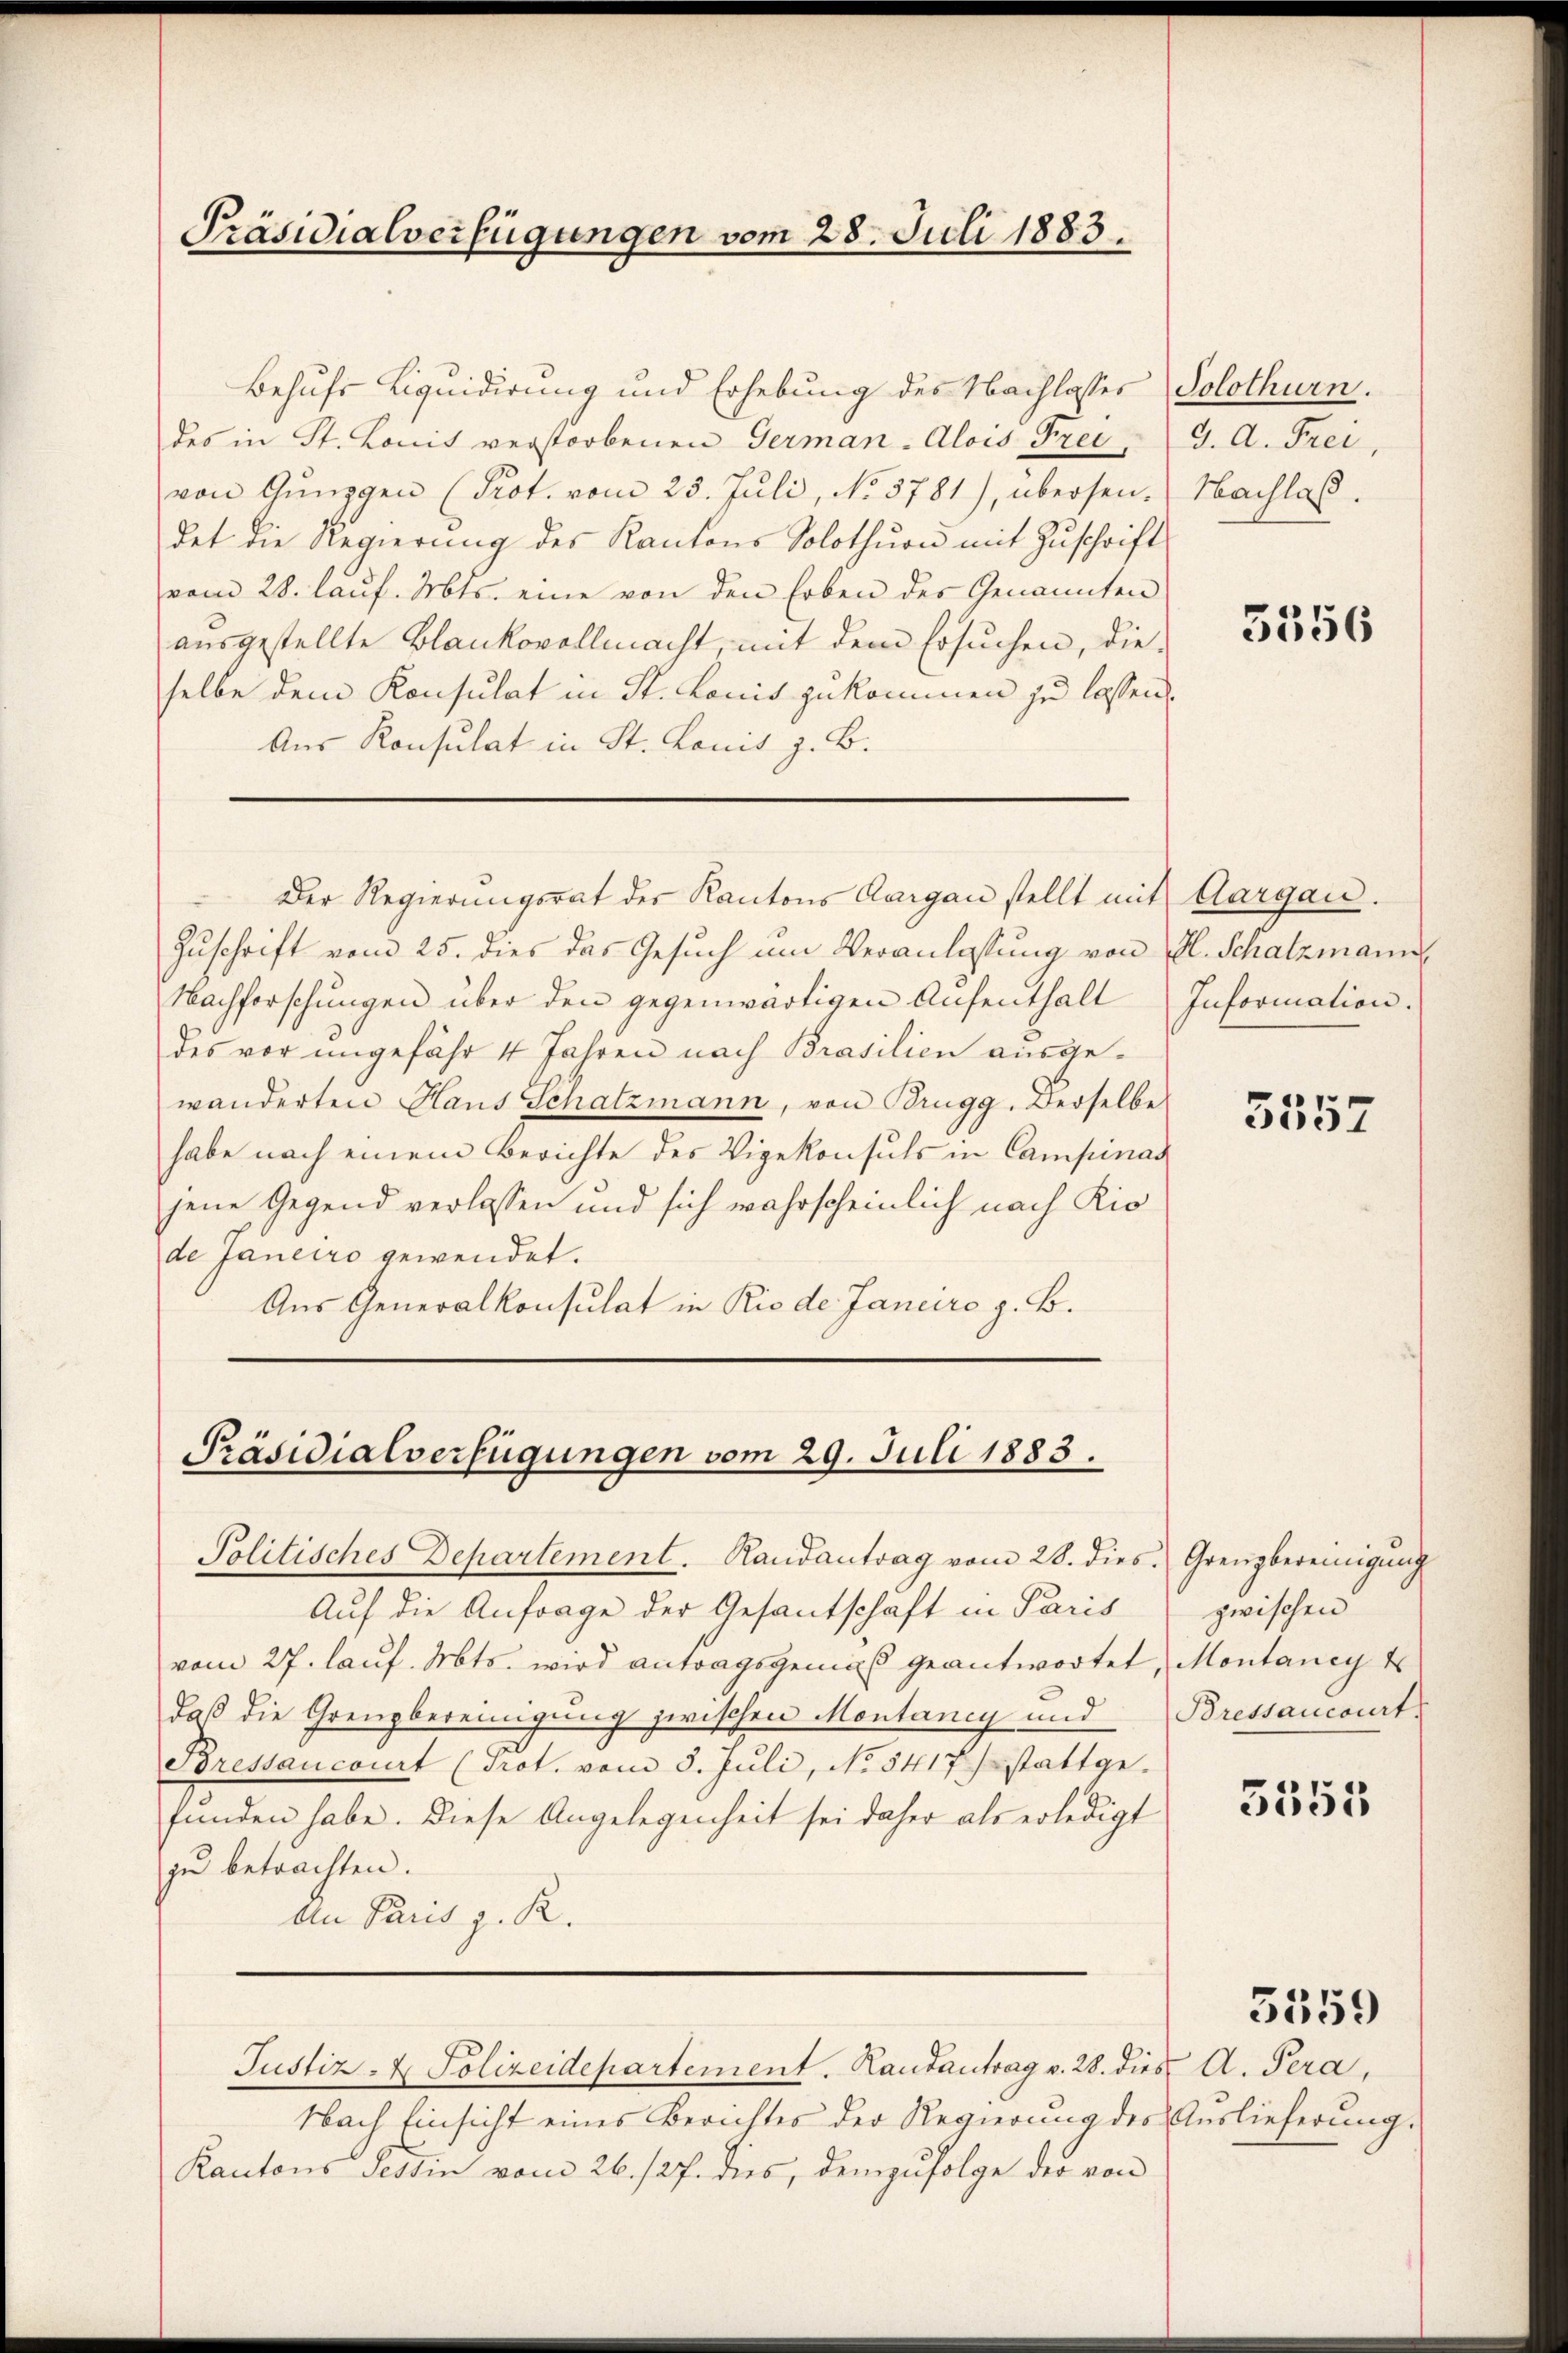
Präsidialverfügungen vom 28. Juli 1883.

Behufs Liquidirung und Erhebung des Nachlasser Solothurn.
des in St. Lonis verstorbenen German-Alois Frei
von Gŭnggen (Prot. vom 25. Juli, No. 5781), übersen. Nachlaß.
det die Regierŭng des Kantons Solothurn mit Zŭschrift
vom 28. laŭf. Mts. eine von den Erben der Genannten
ausgestellte Blankovollmacht, mit dem Ersuchen, die-
selbe dem Konsulat in St. Lonis zukommen zu lassen.
Aus Konsulat in St. Louis z. B.

Der Regierungsrat der Kantons Aargau stellt mit Aargau.

PPräsidialverfügungen vom 29. Juli 1883.

Justiz- & Polizeidepartement. Rautantrag v. 28. dies A. Pera,

Zuschrift vom 25. dies das Gesuch um Veranlassung von fl. Schatzmann
Nachforschungen über den gegenwärtigen Aufenthalt
des vor ungefähr 4 Jahren nach Brasilien ausgewänderten Haus Schatzmann, von Brugg. Derselbe
habe nach einem Berichte des Vizekonsuls in Campinac
jene Gegend verlassen und sich wahrscheinlich nach Riode Janeiro gewendet.
Aus Generalkonsulat in Rio de Janeiro z. B.

Politisches Departement. Randantrag vom 28. dies. Grenzbereinigŭng
Auf die Anfrage der Gesantschaft in Paris
vom 27. laŭf. Mts. wird antragsgemäß geantwortet, Montaney t
daß die Grenzbereinigung zwischen Montaney und Bressancourt,
Bressancourt (Prot. vom 8. Juli, No 5417 stattgefunden habe. Diese Angelegenheit sei daher als erledigt
zu betrachten.
An Paris z. R.

Nach Einsicht eines Berichtes der Regierŭng des Auslieferŭng.
Kantons Tessin vom 26./27. dies, demzufolge der von

G. A. Frei,

3556

Information.

3557

zwischen

3355

5559